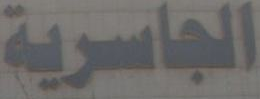
الجاسرية